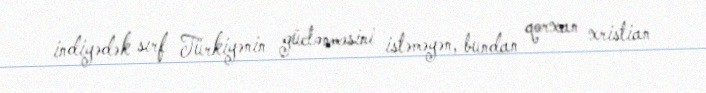
indiyədək sırf Türkiyənin güclənməsini istəməyən, bundan qorxan xristian